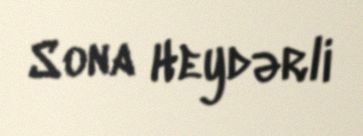
Sona Heydərli